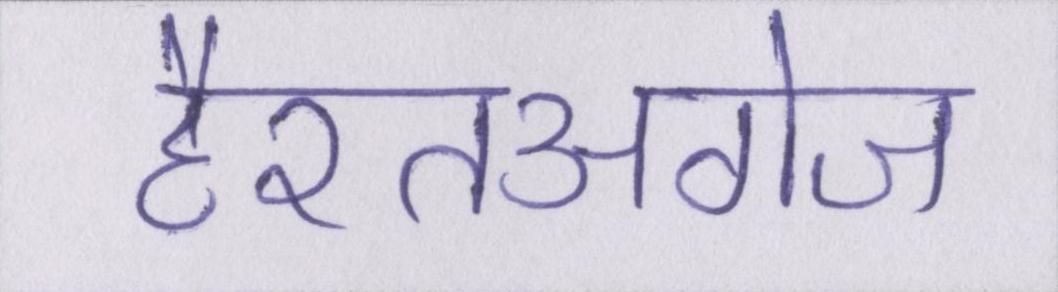
हैरतअंगेज